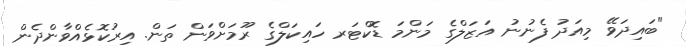
"ބައިދަވޭ މިއަދު ފެނުނު އަޒަލްގެ މަންމަ ޑޮކްޓަރ ހައިކަލްގެ ރޫމަށްވަން ތަން. އިރުކޮޅެއްވާންދެން